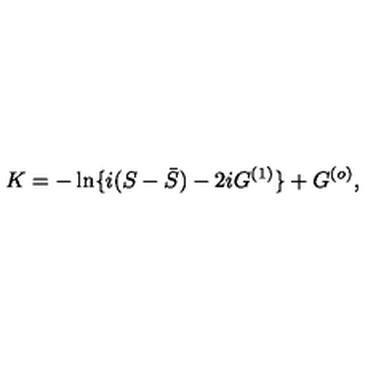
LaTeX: K = - \ln \{ i ( S - { \bar { S } } ) - 2 i G ^ { ( 1 ) } \} + G ^ { ( o ) } ,